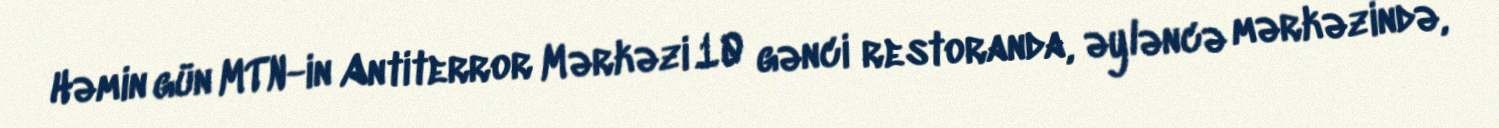
Həmin gün MTN-in Antiterror Mərkəzi 10 gənci restoranda, əyləncə mərkəzində,